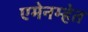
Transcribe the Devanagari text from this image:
एमेनम्हेत